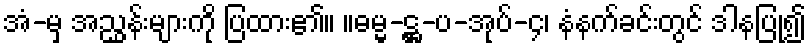
အံ-မှ အညွှန်းများကို ပြထား၏။ ။ဓမ္မ-ဋ္ဌ-ပ-အုပ်-၄၊ နံနက်ခင်းတွင် ဒါနပြု၍